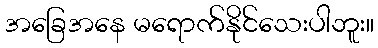
အခြေအနေ မရောက်နိုင်သေးပါဘူး။